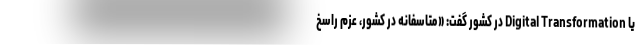
یا Digital Transformation در کشور گفت: «متاسفانه در کشور، عزم راسخ